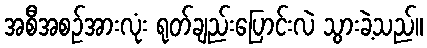
အစီအစဉ်အားလုံး ရုတ်ချည်းပြောင်းလဲ သွားခဲ့သည်။